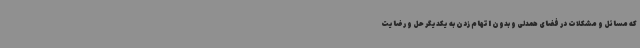
که مسائل و مشکلات در فضای همدلی و بدون اتهام زدن به یکدیگر حل و رضایت